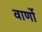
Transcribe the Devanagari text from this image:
वार्णो